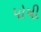
પોષી